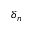
\delta _ { n }